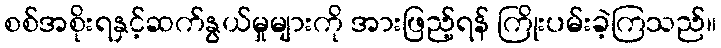
စစ်အစိုးရနှင့်ဆက်နွယ်မှုများကို အားဖြည့်ရန် ကြိုးပမ်းခဲ့ကြသည်။